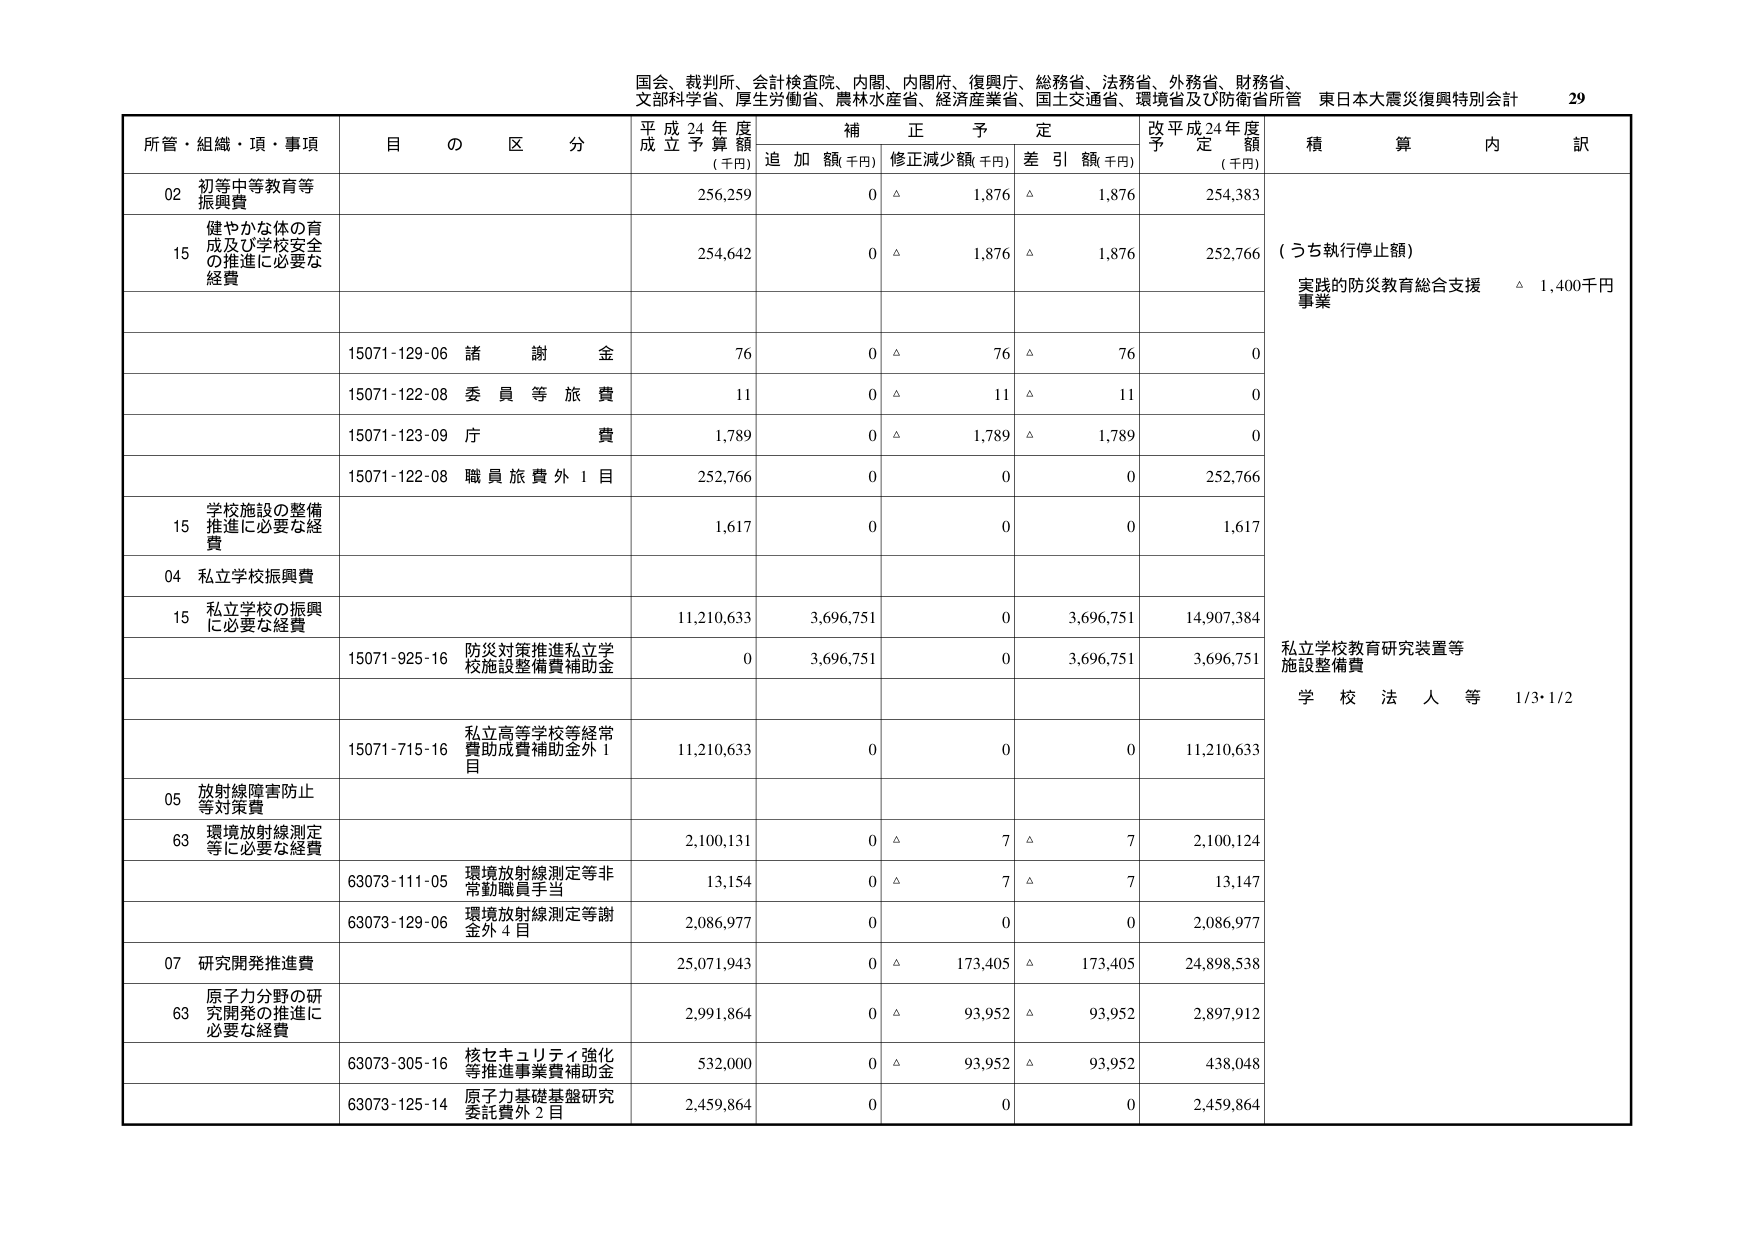
国会、裁判所、会計検査院、内閣、内閣府、復興庁、総務省、法務省、外務省、財務省、
文部科学省、厚生労働省、農林水産省、経済産業省、国土交通省、環境省及び防衛省所管 東日本大震災復興特別会計 29

所管・組織・項・事項 目の区分 平成24年度成立予算額 (千円) 補正予定 追加額(千円) 修正減少額(千円) 差引額(千円) 改平成24年度予定額 (千円) 積算内訳

02 初等中等教育等振興費 256,259 0 △ 1,876 △ 1,876 254,383

15 健やかな体の育成及び学校安全の推進に必要な経費 254,642 0 △ 1,876 △ 1,876 252,766 (うち執行停止額) 実践的防災教育総合支援事業 △ 1,400千円

15071-129-06 諸謝金 76 0 △ 76 △ 76 0

15071-122-08 委員等旅費 11 0 △ 11 △ 11 0

15071-123-09 庁費 1,789 0 △ 1,789 △ 1,789 0

15071-122-08 職員旅費外1目 252,766 0 0 0 252,766

15 学校施設の整備推進に必要な経費 1,617 0 0 0 1,617

04 私立学校振興費

15 私立学校の振興に必要な経費 11,210,633 3,696,751 0 3,696,751 14,907,384

15071-925-16 防災対策推進私立学校施設整備費補助金 0 3,696,751 0 3,696,751 3,696,751 私立学校教育研究装置等施設整備費 学校法人等 1/3・1/2

15071-715-16 私立高等学校等経常費助成費補助金外1目 11,210,633 0 0 0 11,210,633

05 放射線障害防止等対策費

63 環境放射線測定等に必要な経費 2,100,131 0 △ 7 △ 7 2,100,124

63073-111-05 環境放射線測定等非常勤職員手当 13,154 0 △ 7 △ 7 13,147

63073-129-06 環境放射線測定等謝金外4目 2,086,977 0 0 0 2,086,977

07 研究開発推進費 25,071,943 0 △ 173,405 △ 173,405 24,898,538

63 原子力分野の研究開発の推進に必要な経費 2,991,864 0 △ 93,952 △ 93,952 2,897,912

63073-305-16 核セキュリティ強化等推進事業費補助金 532,000 0 △ 93,952 △ 93,952 438,048

63073-125-14 原子力基礎基盤研究委託費外2目 2,459,864 0 0 0 2,459,864